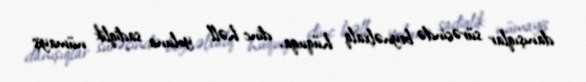
danışıqlar sürəcində beynəlxalq hüquqa, dinc həll yoluna sadiqlik nümayiş